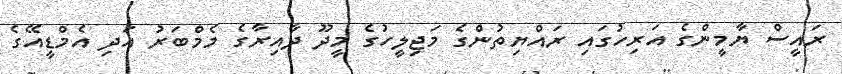
ރައީސް ޔާމީންގެ އަރިހުގައި ރައްޔިތުންގެ މަޖިލީހުގެ މީދޫ ދާއިރާގެ މެމްބަރު އަދި އެމްޑީއޭގެ